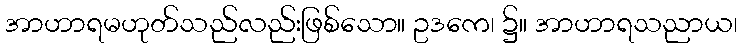
အာဟာရမဟုတ်သည်လည်းဖြစ်သော။ ဥဒကေ၊ ၌။ အာဟာရသညာယ၊